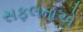
સફલતાએ